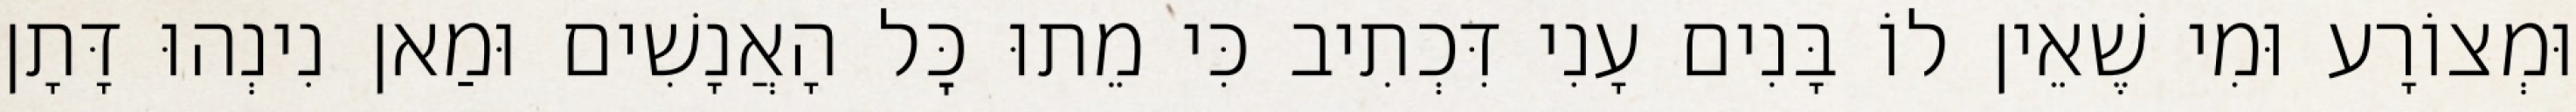
וּמְצוֹרָע וּמִי שֶׁאֵין לוֹ בָּנִים עָנִי דִּכְתִיב כִּי מֵתוּ כׇּל הָאֲנָשִׁים וּמַאן נִינְהוּ דָּתָן